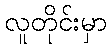
လူတိုင်းမှာ